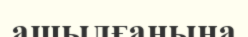
ашылғанына